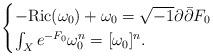
LaTeX: \begin{align*}\begin{cases}-{\rm Ric}(\omega_0)+\omega_0=\sqrt{-1} \partial \bar{\partial}F_0\\\int_X e^{-F_0}\omega_0^n=[\omega_0]^n.\end{cases}\end{align*}